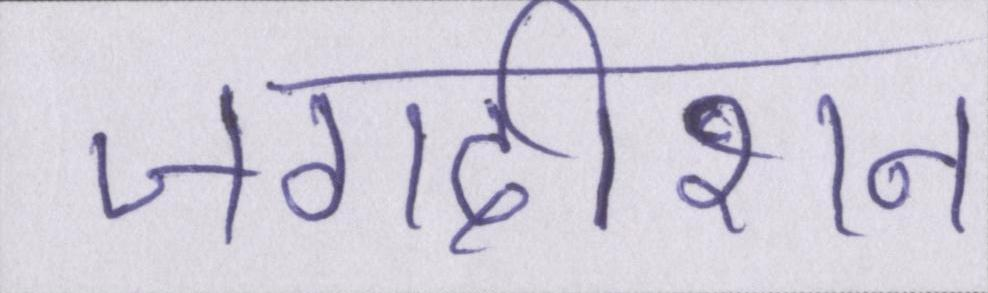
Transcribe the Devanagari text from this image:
जगदीशन